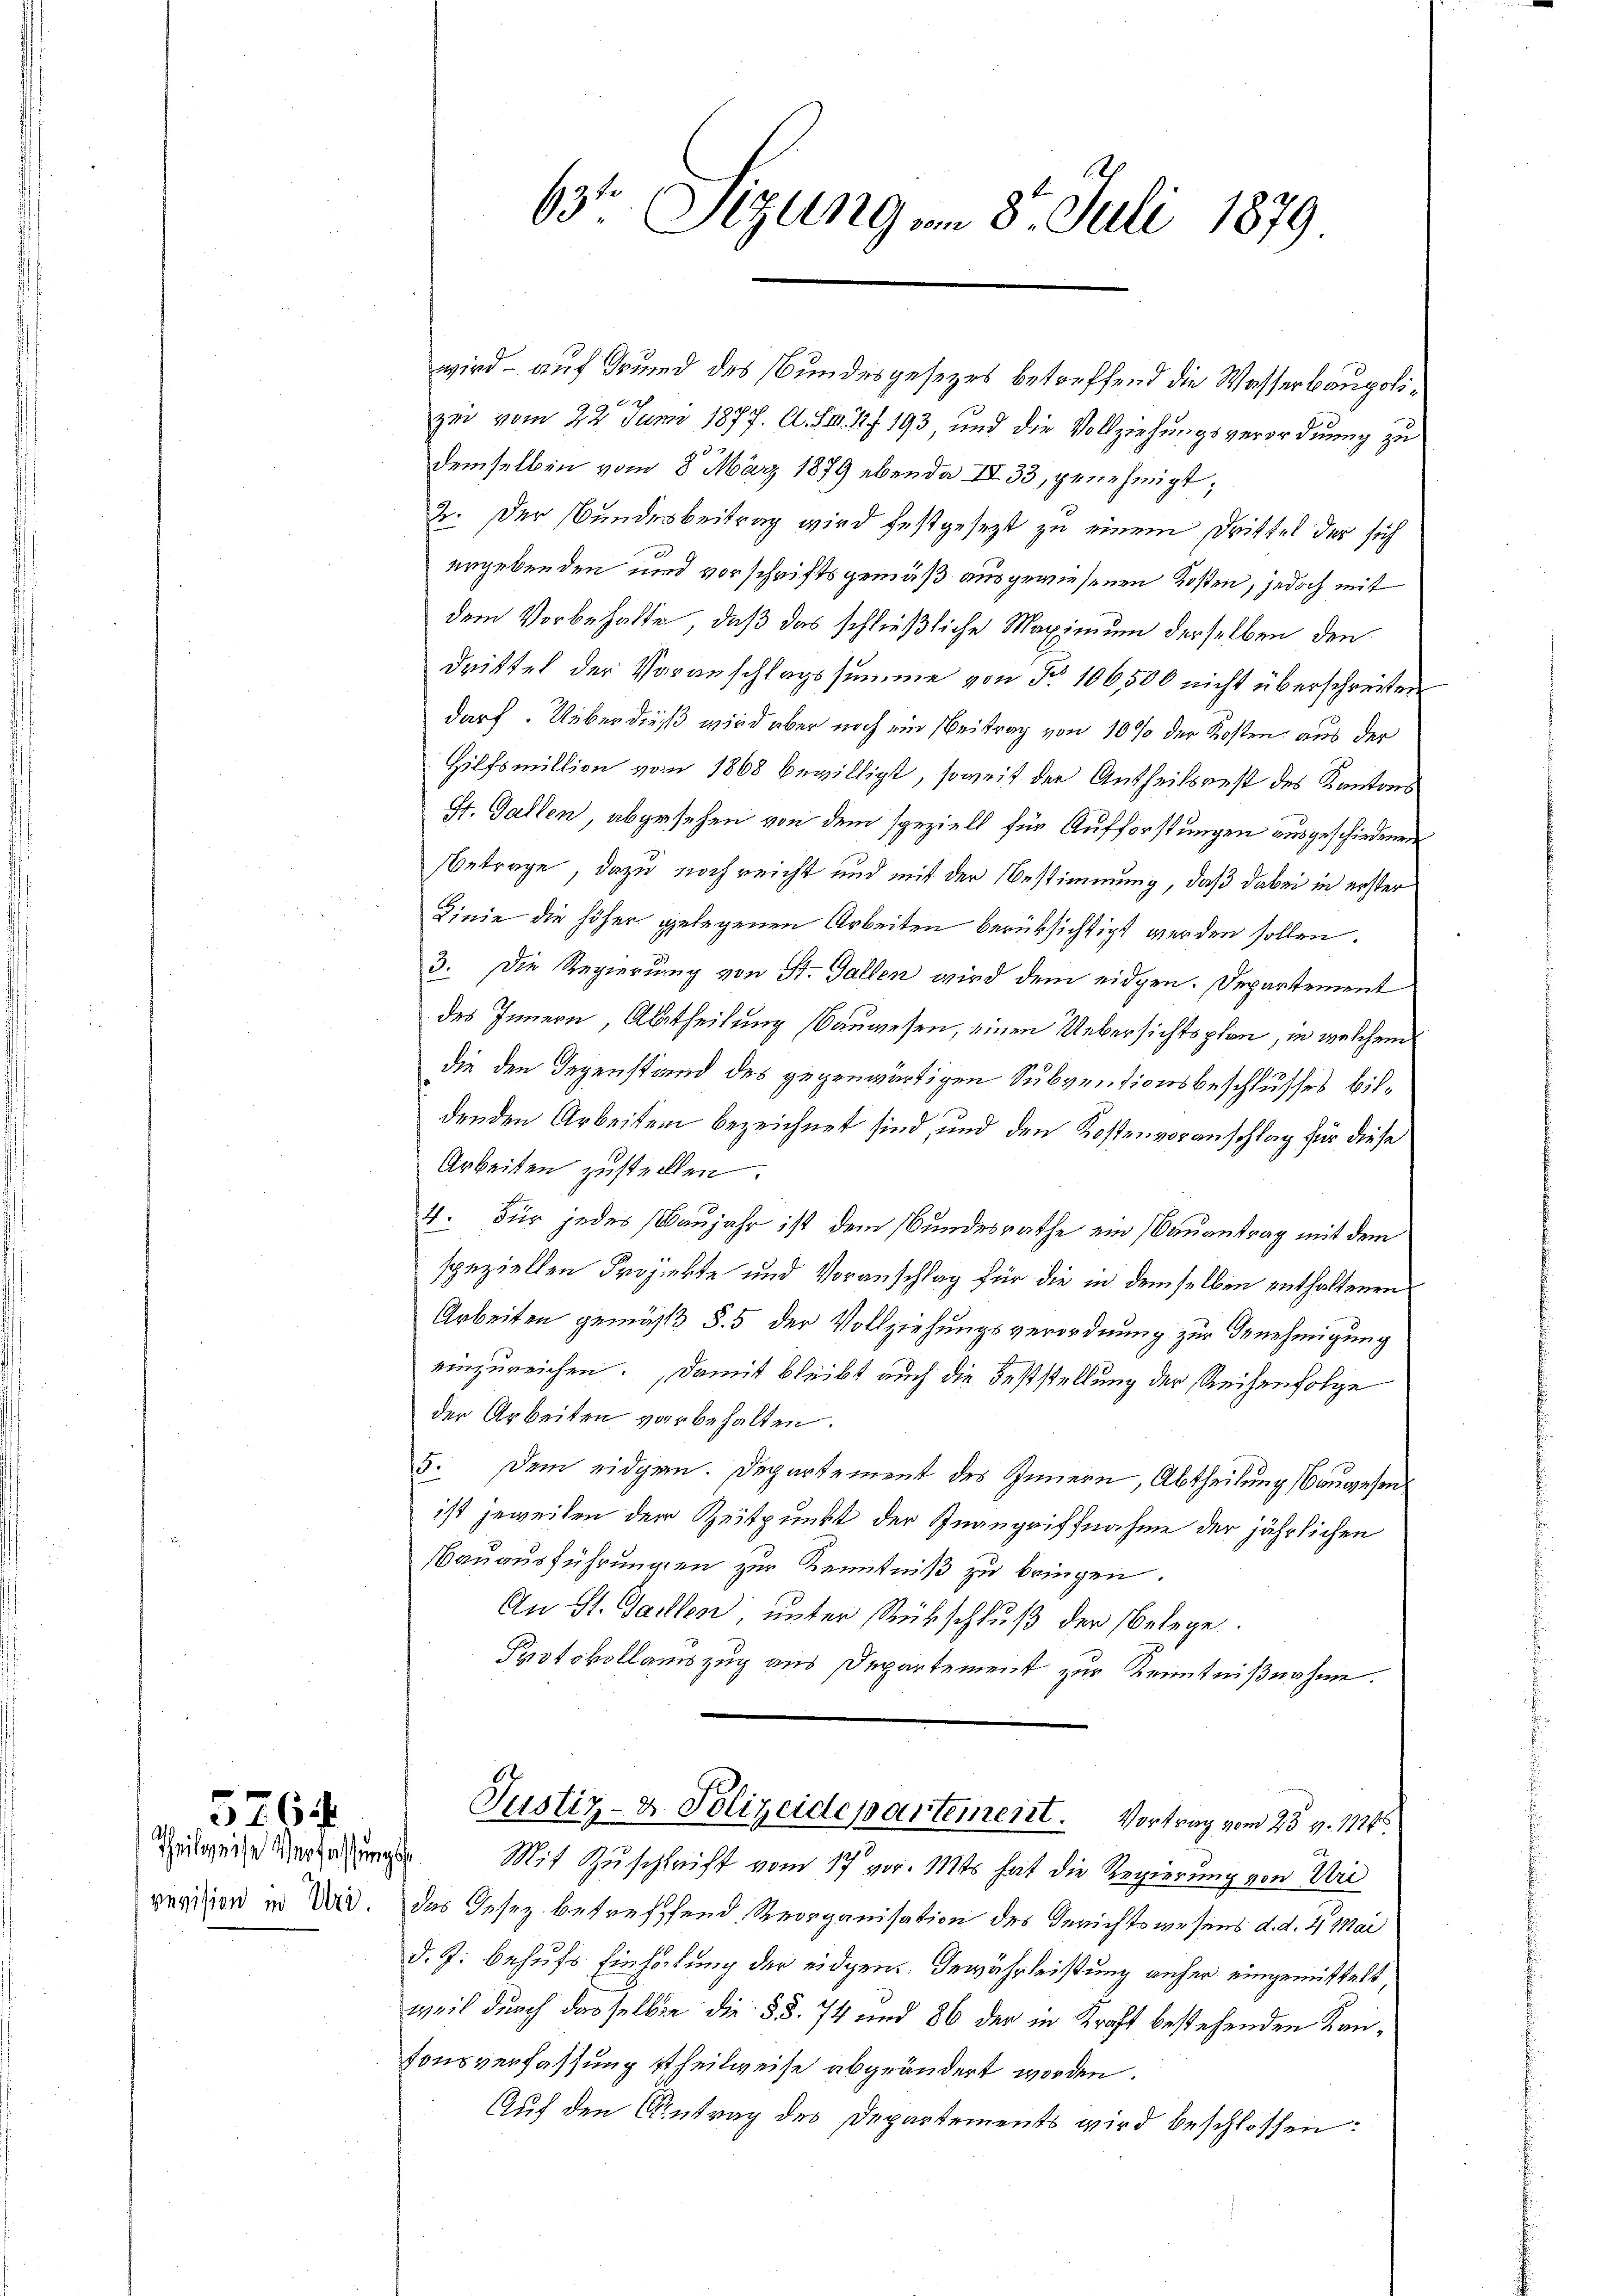
revision in Uri.

5764

wird – auf Grund des Bundesgesezes betreffend die Wasserbaupolig
zun vom 22. Juni 1877. A. S. 127. 193, und die Vollziehungsverordnung zu
demselben vom 8. März 1879 ebenda IV 33, genehmigt;
2. Der Bundesbeitrag wird festgesezt zu einem Drittel der sich
ergebenden und vorschriftsgemäß ausgewiesenen Kosten, jedoch mit
dem Vorbehalte, daß das schließliche Maximum derselben den
drittel der Voranschlagssumme von No 106500 nicht überschreiben
darf. Ueberdieß wird aber noch ein Beitrag von 10 % der Kosten aus der
Hilfsmillion vom 1868 bewilligt, soweit der Antheilsrest des Kantons
St. Gallen, abgesehen von dem speziell für Aufforstungen ausgeschiedenen
Betrage, dazu noch reicht und mit der Bestimmung, daß dabei in erster
Linie die höher gelegenen Arbeiten berüksichtigt werden sollen.
3. Die Regierung von St. Gallen wird dem eidgen. Departement
des Innern, Abtheilung (Bauwesen, einen Uebersichtsplan, in welchem
die den Gegenstand des gegenwärtigen Subventionsbeschlusses bildenden Arbeiten bezeichnet sind, und den Kostenvoranschlag für diese
Arbeiten zustellen.
4. Für jedes (Baujahr ist dem Bundesrathe ein Bauantrag mit dem
speziellen Projekte und Voranschlag für die in demselben enthaltenen
Arbeiten gemäß §. 5 der Vollziehungsverordnung zur Genehmigung
einzureichen. Damit bleibt auch die Feststellung der Reihenfolge
der Arbeiten vorbehalten.
5. Dem eidgen. Departement des Innern, Abtheilung Bauwesen
ist jeweiten der Zeitpunkt der Inangriffnahme der jährlichen
Bauausführungen zur Kenntniß zu bringen.
An St. Gallen, unter Rückschluß der belege.
Protokollauszug aus Departement zur Kenntnißnahme.
Justiz- u. Polizeidepartement. Vortrag vom 23. v. 1824.
.
Zeitgeist verzeugte. Mit Zuschrift vom 17. vor. 112ts hat die Regierung von Uri
das Gesez betreffend Reorganisation des Gerichtswesens d. d. 4. Mai
d. J. behufs Einholung der eidgen. Gewährleistung anher eingemittelt,
weil durch das selber die §§. 74 und 86 der in Kraft bestehenden Kantonsverfassung theilweise abgeändert worden.
Auf den Antrag des Departements wird beschlossen:

63 Sizung am 8. Juli 1879